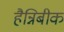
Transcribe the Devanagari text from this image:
हैन्निबीक